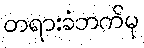
တရားခံဘက်မှ